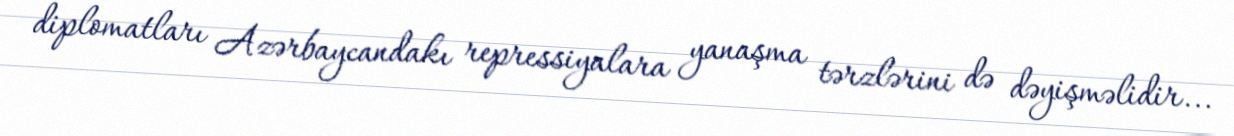
diplomatları Azərbaycandakı repressiyalara yanaşma tərzlərini də dəyişməlidir...